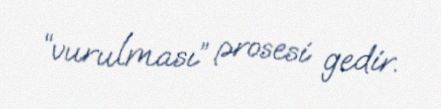
“vurulması” prosesi gedir.